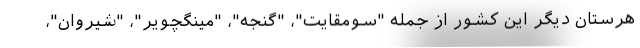
هرستان دیگر این کشور از جمله "سومقایت"، "گنجه"، "مینگچویر"، "شیروان"،